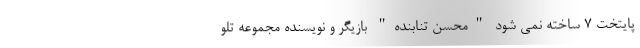
پایتخت 7 ساخته نمی شود "محسن تنابنده" بازیگر و نویسنده مجموعه تلو